Plague in India, 1896, 1897 - Volume 2
Year: 1896
Disease focus: Plague
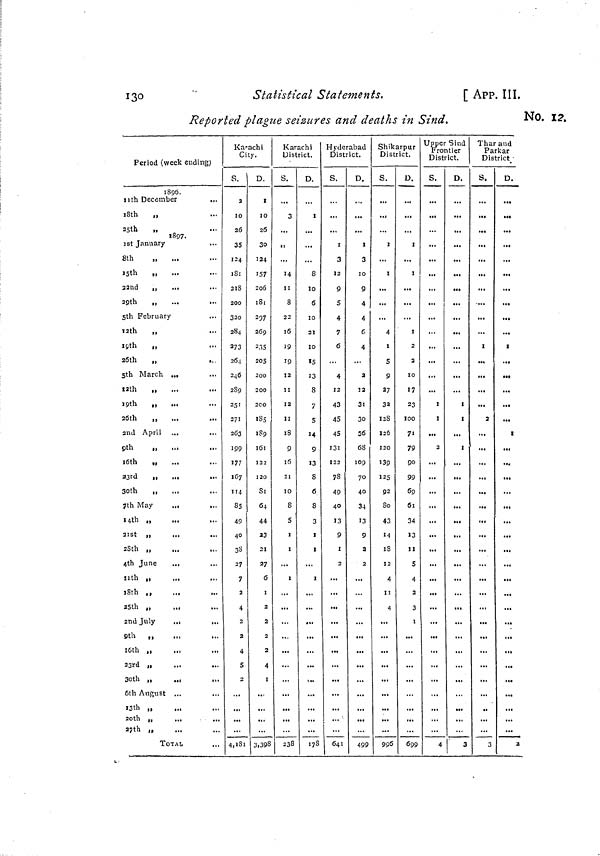
130
Statistical Statements.
[ APP. III.
Reported plague seizures and deaths in Sind.
No. 12.
Period (week ending)
1896. 11 th December
1 8th
„
25th
,, 1897.
1 st January
8th
„
15th
„
22nd
,,
29th
„
...
...
5th February
12th
,,
19th
„
26th
„
....
5th March ...
12th
,,
19th
„
26th
,,
2nd April
9 th
„ ...
loth
„
33rd
,,
.,,
...
3oth
,,
.,,
7th May
..,
...
14th „
2ISt
„
...
28th „
4th June
..,
11th „
18th ,,
...
...
25th „
2nd July
,
,..
9th „
16th ,,
23rd ,,
...
3oth „
...
I3th ,,
20th „
27th „
TOTAL
Kar
Ci
S.
10
2ß
35
124
iSi
218
200
320
284
273
264
246
289
251
271
263
199
177
167
114
85
49
40
38
27
7
2
4
2
5
2
4,181
ach i
ty.
D.
10
26
30
124
157
206
181
297
269
235
205
200
200
20O
185
189
l61
122
I 2O
Si
64
44
23
21
27
6
I
2
4
3,398
Kar
Uist
S.
3
14
II
8
22
16
19
19
12
II
12
II
18
9
16
II
IO
8
5
i
i
i
238
ach i
net.
D.
i
...
8
10
6
10
10
15
13
8
7
5
14
9
13
8
6
8
3
I
I
...
i
178
Hyde
Dist
S.
3
12
9
5
4
7
6
4
12
43
45
45
I3i
122
78
49
40
13
9
I
2
...
641
rabad
riet.
D.
3
10
9
4
4
6,
4
...
2
12
3i
30
36
68
109
70
40
34
13
9
a
2
...
499
Shik
Dist
S.
i
4
i
5
9
27
32
128
126
120
139
125
92
8o
43
14
18
12
4
ii
4
996
arpur
riet.
D.
i
i
2
2
10
17
23
1oo
71
79
90
99
69
61
34
13
11
5
4
2
3
699
Up_pei
Fro
Dist
S.
...
i
i
2
...
4
Sind
ntier
riet.
D.
...
i
i
I
...
3
Thai
Pa
Dis
S.
i
...
2
...
...
3
and
rkar
trict_
D.
•••
i
...
l
...
,, t
2
j.